Report on the administration of the Government Cinchona Department 1892-98
Year: 1892
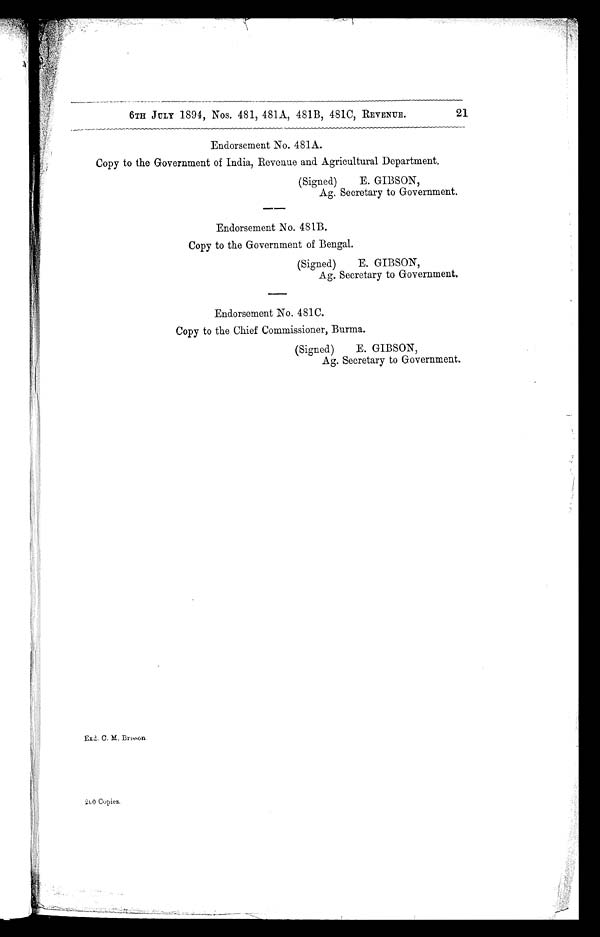
6TH JULY 1894, Nos. 481, 481A, 481B, 481C, REVENUE.
21
Endorsement No. 481A.
Copy to the Government of India, Revenue and Agricultural Department.
(Signed)
E. GIBSON,
Ag. Secretary to Government.
Endorsement No. 481B.
Copy to the Government of Bengal.
(Signed)
E. GIBSON,
Ag. Secretary to Government.
Endorsement No. 481C.
Copy to the Chief Commissioner, Burma.
(Signed)
E ... GIBSON,
Ag. Secretary to Government.
Exd. C. M. Brisson
200 Copies.
2 6 0 C o p i e s .